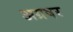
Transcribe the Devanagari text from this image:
अग्रषर